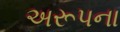
અરૂપના